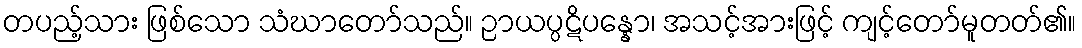
တပည့်သား ဖြစ်သော သံဃာတော်သည်။ ဉာယပ္ပဋိပန္နော၊ အသင့်အားဖြင့် ကျင့်တော်မူတတ်၏။